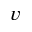
v